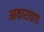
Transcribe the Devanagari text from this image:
आकाराचाच